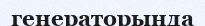
генераторында